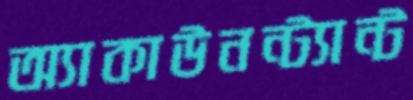
অ্যাকাউনন্ট্যান্ট